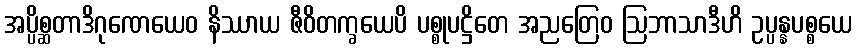
အပ္ပိစ္ဆတာဒိဂုဏေယေဝ နိဿာယ ဇီဝိတက္ခယေပိ ပစ္စုပဋ္ဌိတေ အညတြေဝ ဩဘာသာဒီဟိ ဥပ္ပန္နပစ္စယေ